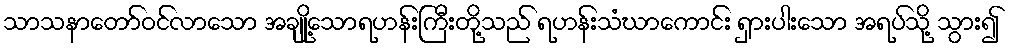
သာသနာတော်ဝင်လာသော အချို့သောရဟန်းကြီးတို့သည် ရဟန်းသံဃာကောင်း ရှားပါးသော အရပ်သို့ သွား၍